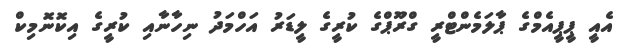
އެއީ ޕީޕީއެމްގެ ޕާލަމެންޓްރީ ގްރޫޕްގެ ކުރީގެ ލީޑަރު އަހްމަދު ނިހާނާއި ކުރީގެ އިކޮނޮމިކް